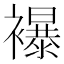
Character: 襮